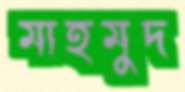
মাহমুদ